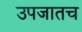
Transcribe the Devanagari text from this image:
उपजातच